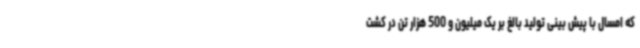
که امسال با پیش بینی تولید بالغ بر یک‌ میلیون و 500 هزار تن در کشت